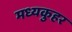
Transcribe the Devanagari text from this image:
मध्यकुहर